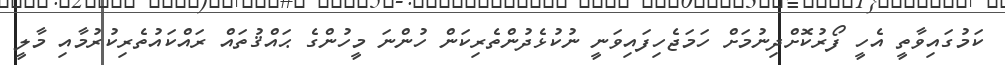
ކަމުގައިވާތީ އެހީ ފޯރުކޮށްދިނުމަށް ހަމަޖެހިފައިވަނީ ނުކުޅެދުންތެރިކަން ހުންނަ މީހުންގެ ޙައްޤުތައް ރައްކައުތެރިކުރުމާއި މާލީ